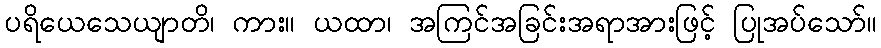
ပရိယေသေယျာတိ၊ ကား။ ယထာ၊ အကြင်အခြင်းအရာအားဖြင့် ပြုအပ်သော်။